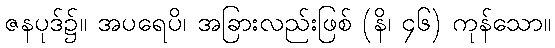
ဇနပုဒ်၌။ အပရေပိ၊ အခြားလည်းဖြစ် (နိ၊ ၄၆) ကုန်သော။